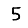
Digit: 5